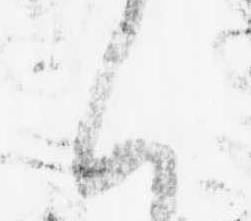
く